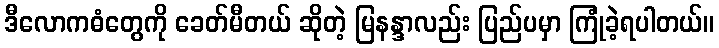
ဒီလောကဓံတွေကို ခေတ်မီတယ် ဆိုတဲ့ မြနန္ဒာလည်း ပြည်ပမှာ ကြုံခဲ့ရပါတယ်။